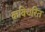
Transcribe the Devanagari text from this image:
कविचरित